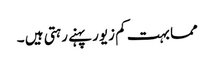
مما بہت کم زیور پہنے رہتی ہیں ۔